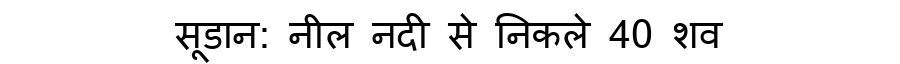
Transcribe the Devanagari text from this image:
सूडान: नील नदी से निकले 40 शव